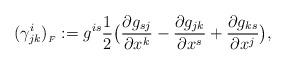
LaTeX: \begin{align*}(\gamma^i_{jk})_{_F}:=g^{is}\frac{1}{2}\big(\frac{\partial g_{sj}}{\partial x^k}-\frac{\partial g_{jk}}{\partial x^s}+\frac{\partial g_{ks}}{\partial x^j}\big),\end{align*}